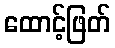
ထောင့်ဖြတ်